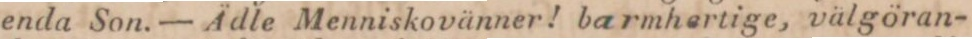
enda Son. — Ädle Menniskovänner! barmhertige, välgöran-